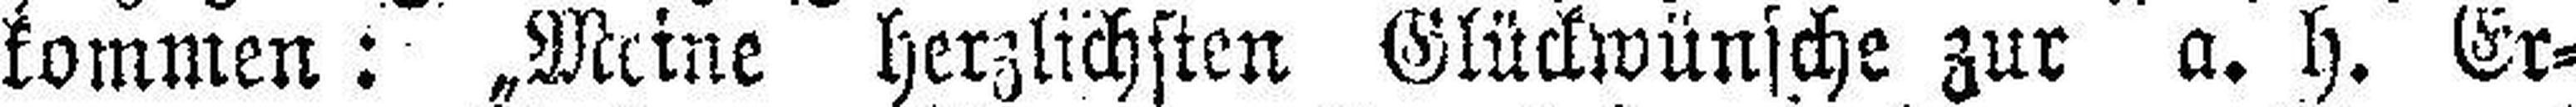
kommen: „Mine herzlichsten Glückwünsche zur a. h. Er¬